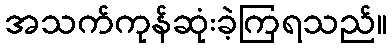
အသက်ကုန်ဆုံးခဲ့ကြရသည်။